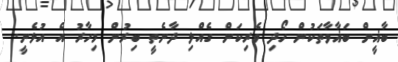
ބާޣީން ބަޣާވާތަކުން ހޯދި ވެރިކަން ގެއްލި ދާނެތީ ބިރުން މިހާރު އެ އުޅެނީ.